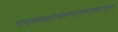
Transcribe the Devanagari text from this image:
म्द्न्द्स्च्वोइद्विओफ्च्न्द्ब्न्च्म्ब्न्व्म्ह्द्स्फ्य्